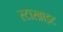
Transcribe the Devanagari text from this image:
स्टारब्राइट